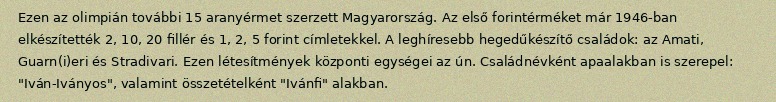
Ezen az olimpián további 15 aranyérmet szerzett Magyarország. Az első forintérméket már 1946-ban elkészítették 2, 10, 20 fillér és 1, 2, 5 forint címletekkel. A leghíresebb hegedűkészítő családok: az Amati, Guarn(i)eri és Stradivari. Ezen létesítmények központi egységei az ún. Családnévként apaalakban is szerepel: "Iván-Iványos", valamint összetételként "Ivánfi" alakban.